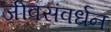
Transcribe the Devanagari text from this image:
जीवसंवर्धन